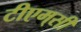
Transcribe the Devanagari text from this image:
टीएम्‌सी